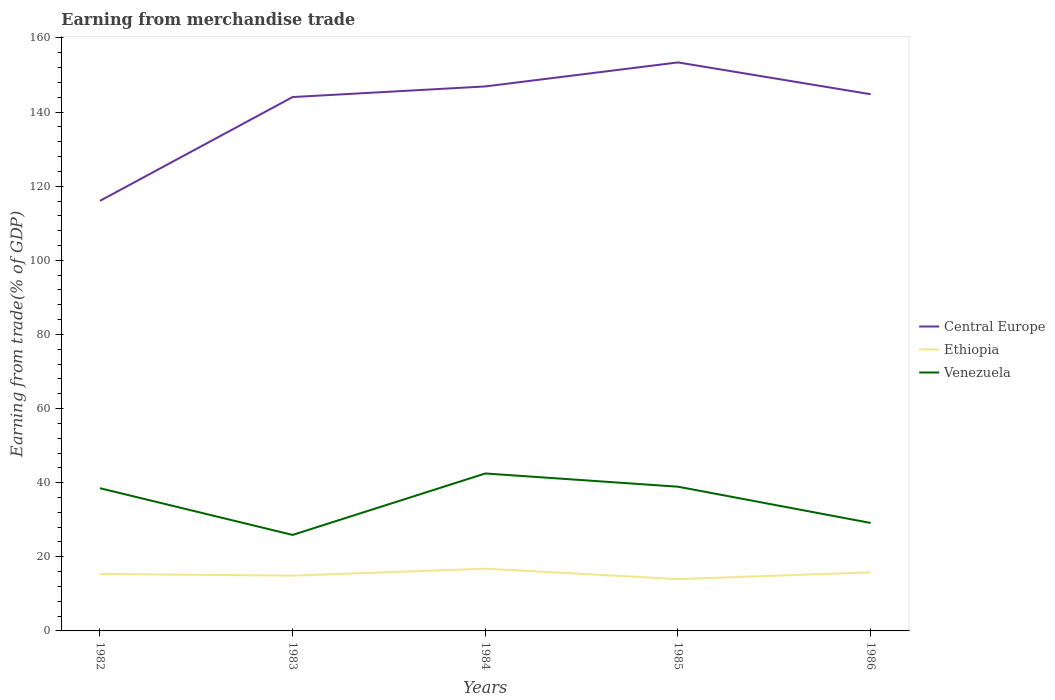
| Years | Central Europe | Ethiopia | Venezuela |
 | --- | --- | --- | --- |
 | 1982 | 116 | 15.4 | 38.5 |
 | 1983 | 144 | 14.9 | 25.9 |
 | 1984 | 147 | 16.8 | 42.5 |
 | 1985 | 153 | 14 | 38.9 |
 | 1986 | 145 | 15.8 | 29.1 |